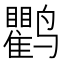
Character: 𬸱